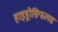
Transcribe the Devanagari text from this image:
हाइड्रोसिफलस